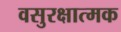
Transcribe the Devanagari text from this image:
वसुरक्षात्मक